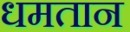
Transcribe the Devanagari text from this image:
धमतान